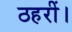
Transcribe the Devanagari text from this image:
ठहरीं।